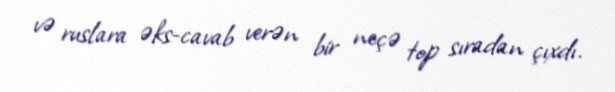
və ruslara əks-cavab verən bir neçə top sıradan çıxdı.